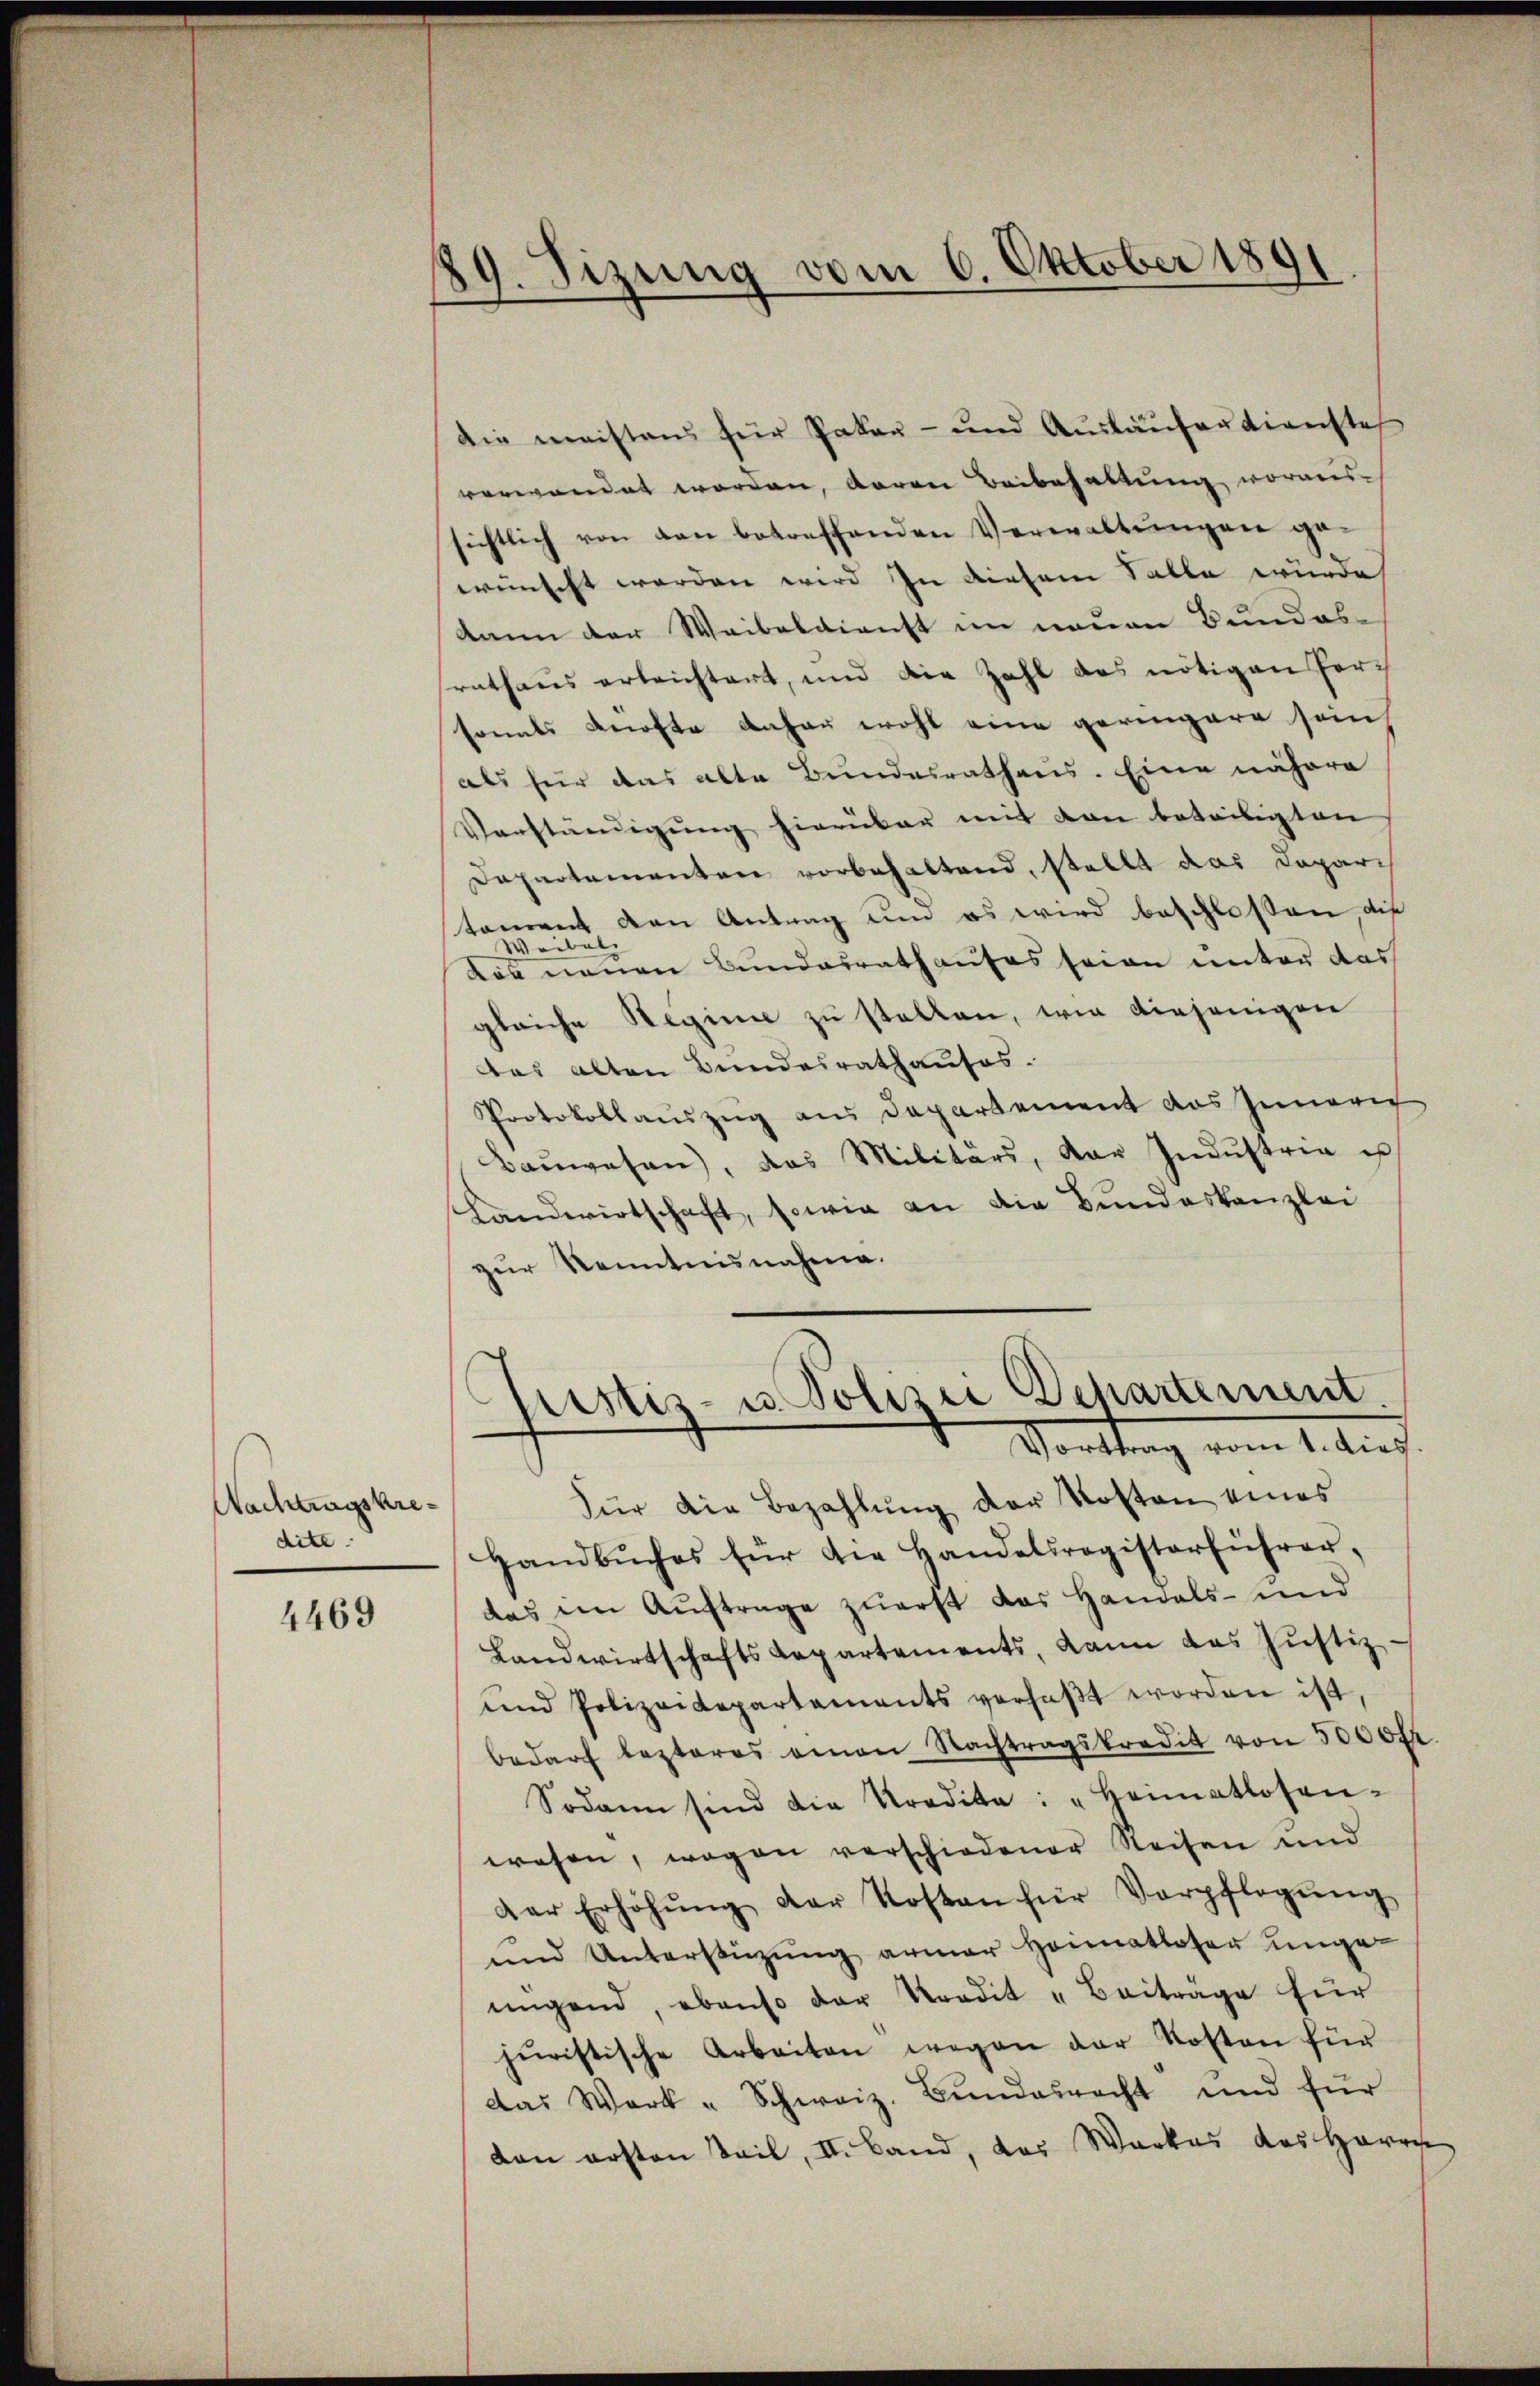
Nachtragskredite.

4469

89. Sizung vom 6. Oktober 1891

die meistens für Paten- und Auskaufersweiste
verwandet worden, daran Beibehaltung voraus-
sichtlich von den betreffenden Verwaltŭngen ge-
wünscht werden wird in diesem Falle wurde
kann der Weibeldienst im neuen Bundesrathaus erleichtert, und die Zahl das nötigen Forc
sonats Knofte anher wohl eine geringere sein
als für das alte Bundesrathens. Eine nähere
Verständigung hierüber mit den beteiligten
Departementen vorbehaltend, stellt das Daparis
voit den Antrag und es wird beschloßen, die
son
das neuen Bundesrath aufes seien unter das
gleiche Regime zu stellen, wie diejenigen
Das alten Bundesrathauses.
Protokollauszug aus Departement das Gemari
Baŭwesen, das Militärs, der Indŭstria u
Landwirtschaft, sowie an die Bundeskanzlei
zŭr Kenntnisnahme.
Justiz- u. Polizei Departement.
Vorttrag vom 1. Ju
Für die Bezahlŭng der Kosten eines
Handbŭches für die Handelsregisterführer,
das im Auftrage zuerst das Handels- und
Landwirtschaftsdepartements, dann das Jŭstiz-
und Polizeidepartements verhaβt worden ist,
bedarf lezteres einen Nachtragskredit von 3000 fr.
Sodann sind die Kredite: "Heimatlosen-
wesen, wogen vorschiedener Reisen und
der Erhöhŭng der Kosten für Verpflegŭng
und Unterstüzung armer Heimatloser unge-
migend, ebenso der Kredit - Beiträge für
juristische Arbeiten wegen der Kosten für
das Werk - Schweiz. Bŭndesrecht und für
dan ersten Teil, II. Band, das Werkes des Herrn